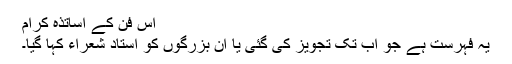
اس فن کے اساتذۂ کرام
یہ فہرست ہے جو اب تک تجویز کی گئی یا ان بزرگوں کو استاد شعراء کہا گیا۔